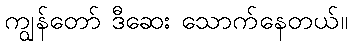
ကျွန်တော် ဒီဆေး သောက်နေတယ်။